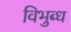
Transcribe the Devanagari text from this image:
विभुब्ध